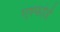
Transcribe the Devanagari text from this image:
एश्फोर्ड